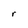
Character: r